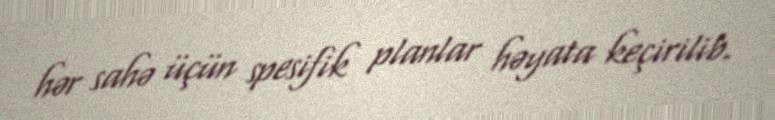
hər sahə üçün spesifik planlar həyata keçirilib.